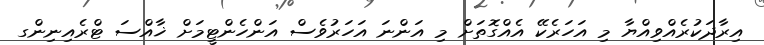
އިރާދަކުރެއްވިއްޔާ މި އަހަރެކޭ އެއްގޮތަށް މި އަންނަ އަހަރުވެސް އަންހެންޓީމަށް ޚާއްސަ ޓްރެއިނިންގ